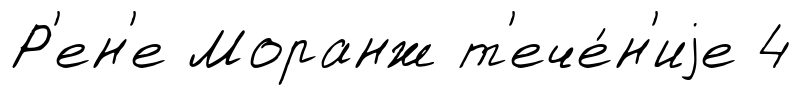
Р'ен'е Моранж т'ече́н'иjе 4